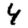
Digit: 4